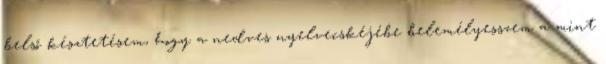
belső késztetésem, hogy a nedves nyelvecskéjébe belemélyesszem a mint